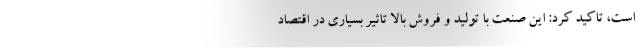
است، تاکید کرد: این صنعت با تولید و فروش بالا تاثیر بسیاری در اقتصاد